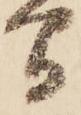
間